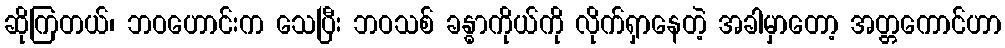
ဆိုကြတယ်၊ ဘဝဟောင်းက သေပြီး ဘဝသစ် ခန္ဓာကိုယ်ကို လိုက်ရှာနေတဲ့ အခါမှာတော့ အတ္တကောင်ဟာ